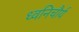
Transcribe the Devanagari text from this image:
ध्वनिचौर्य